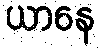
ယာနေ